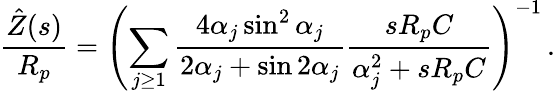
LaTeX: \frac{\hat{Z}(s)}{R_{p}}=\left(\sum_{j\ge 1}\frac{4\alpha_{j}\sin^{2}\alpha_{j}}{2\alpha_{j}+\sin 2\alpha_{j}}\frac{sR_{p}C}{\alpha_{j}^{2}+sR_{p}C}\right)^{-1}\, .